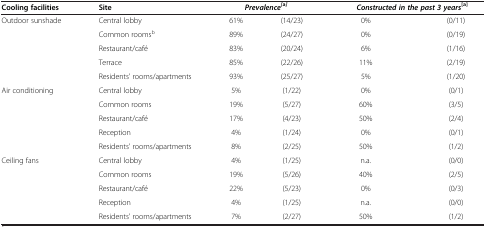
| Cooling facilities | Site |  | <COLSPAN=2> Prevalence[a] | <COLSPAN=2> Constructed in the past 3 years[a] |
 | --- | --- | --- | --- | --- | --- | --- |
 | <ROWSPAN=5> Outdoor sunshade | Central lobby | 61% | (14/23) | 0% | (0/11) |
 | Common roomsb | 89% | (24/27) | 0% | (0/19) |
 | Restaurant/café | 83% | (20/24) | 6% | (1/16) |
 | Terrace | 85% | (22/26) | 11% | (2/19) |
 | Residents’ rooms/apartments | 93% | (25/27) | 5% | (1/20) |
 | <ROWSPAN=5> Air conditioning | Central lobby | 5% | (1/22) | 0% | (0/1) |
 | Common rooms | 19% | (5/27) | 60% | (3/5) |
 | Restaurant/café | 17% | (4/23) | 50% | (2/4) |
 | Reception | 4% | (1/24) | 0% | (0/1) |
 | Residents’ rooms/apartments | 8% | (2/25) | 50% | (1/2) |
 | Ceiling fans | Central lobby | 4% | (1/25) | n.a. | (0/0) |
 |  | Common rooms | 19% | (5/26) | 40% | (2/5) |
 |  | Restaurant/café | 22% | (5/23) | 0% | (0/3) |
 |  | Reception | 4% | (1/25) | n.a. | (0/0) |
 |  | Residents’ rooms/apartments | 7% | (2/27) | 50% | (1/2) |